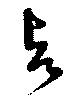
与